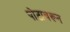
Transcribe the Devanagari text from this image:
पोटावरून